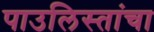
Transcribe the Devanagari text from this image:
पाउलिस्तांचा